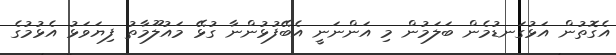
އެގޮތުން އަޅުގަނޑުމެން ބަލަމުން މި އަންނަނީ އެބޭފުޅުންނާ ގުޅޭ މައުލޫމާތު ފިޔަވަޅު އެޅުމުގެ